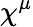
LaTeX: \chi^{\mu}